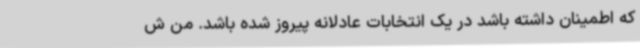
که اطمینان داشته باشد در یک انتخابات عادلانه پیروز شده باشد. من ش